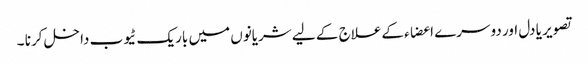
تصویر یا دل اور دوسرے اعضاء کےعلاج کے لیے شریانوں میں باریک ٹیوب داخل کرنا ۔